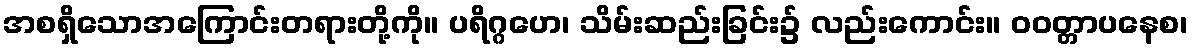
အစရှိသောအကြောင်းတရားတို့ကို။ ပရိဂ္ဂဟေ၊ သိမ်းဆည်းခြင်း၌ လည်းကောင်း။ ဝဝတ္တာပနေစ၊